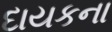
દાયકના